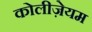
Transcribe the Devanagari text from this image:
कोलीज़ेयम